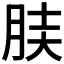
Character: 𦚫